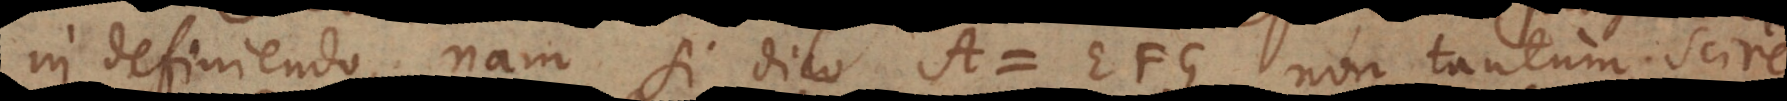
in definiendo, nam si dico A = EFG, non tantum scire